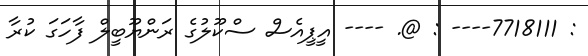
: 7718111---- : @. ---- އީޕީއެސް ސްކޫލުގެ ރަންޔޫބީލް ފާހަގަ ކުރާ